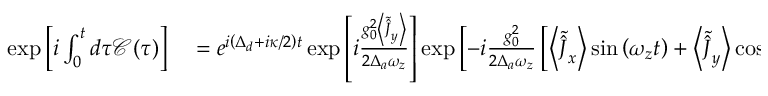
\begin{array} { r l } { \exp \left[ i \int _ { 0 } ^ { t } d \tau \mathcal { C } ( \tau ) \right] } & { { } = e ^ { i \left( \Delta _ { d } + i \kappa / 2 \right) t } \exp \left[ i \frac { g _ { 0 } ^ { 2 } \left\langle \tilde { \hat { J } } _ { y } \right\rangle } { 2 \Delta _ { a } \omega _ { z } } \right] \exp \left[ - i \frac { g _ { 0 } ^ { 2 } } { 2 \Delta _ { a } \omega _ { z } } \left[ \left\langle \tilde { \hat { J } } _ { x } \right\rangle \sin \left( \omega _ { z } t \right) + \left\langle \tilde { \hat { J } } _ { y } \right\rangle \cos \left( \omega _ { z } t \right) \right] \right] } \end{array}